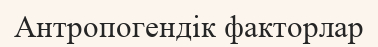
Антропогендік факторлар